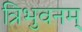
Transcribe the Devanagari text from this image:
त्रिभुवनम्